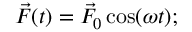
\vec { F } ( t ) = \vec { F } _ { 0 } \cos ( \omega t ) ;